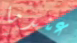
عندما